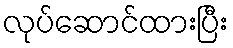
လုပ်ဆောင်ထားပြီး